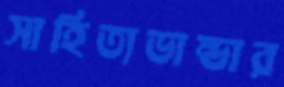
সাহিত্যভান্ডার